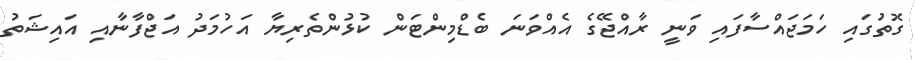
ގޮތުގައި ހަމަޖައްސާފައި ވަނީ ރާއްޖޭގެ އެއްވަނަ ބެޑްމިންޓަން ކުޅުންތެރިޔާ އަހުމަދު އަޖްފާނާއި އައިޝަތު